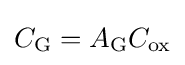
C_{\mathrm {G} }=A_{\mathrm {G} }C_{\mathrm {ox} }